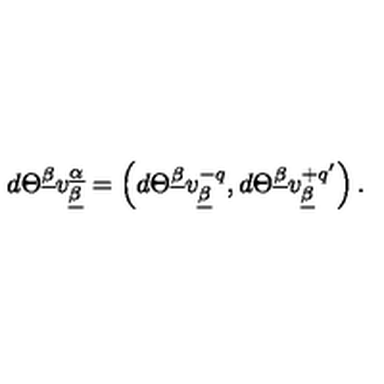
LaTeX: d \Theta ^ { \underline { \beta } } v _ { \underline { \beta } } ^ { \underline { \alpha } } = \left( d \Theta ^ { \underline { \beta } } v _ { \underline { \beta } } ^ { - q } , d \Theta ^ { \underline { \beta } } v _ { \underline { \beta } } ^ { + q ^ { \prime } } \right) .